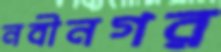
নবীনগর